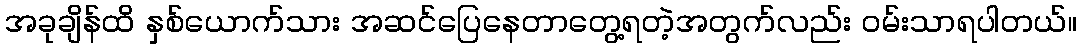
အခုချိန်ထိ နှစ်ယောက်သား အဆင်ပြေနေတာတွေ့ရတဲ့အတွက်လည်း ဝမ်းသာရပါတယ်။